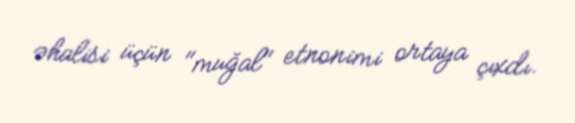
əhalisi üçün "muğal" etnonimi ortaya çıxdı.